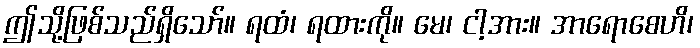
ဤသို့ဖြစ်သည်ရှိသော်။ ရထံ၊ ရထားကို။ မေ၊ ငါ့အား။ အာရောစေဟိ၊